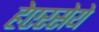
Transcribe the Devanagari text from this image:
हेएरसेये